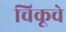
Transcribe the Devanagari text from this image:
चिकूचे